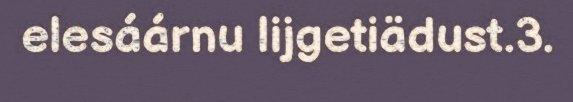
elesáárnu lijgetiädust.3.